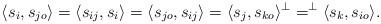
LaTeX: \begin{align*} \langle s_{i},s_{jo} \rangle = \langle s_{i j},s_{i} \rangle = \langle s_{jo},s_{i j} \rangle = \langle s_{j},s_{ko} \rangle^\perp = ^\perp\langle s_{k},s_{io} \rangle. \end{align*}